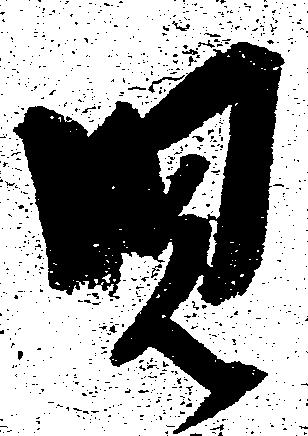
児